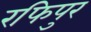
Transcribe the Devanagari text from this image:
रफिपुर